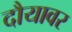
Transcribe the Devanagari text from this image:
दौयावर